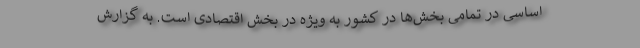
اساسی در تمامی بخش‌ها در کشور به ویژه در بخش اقتصادی است. به گزارش